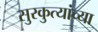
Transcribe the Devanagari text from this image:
सुरकुत्यांच्या